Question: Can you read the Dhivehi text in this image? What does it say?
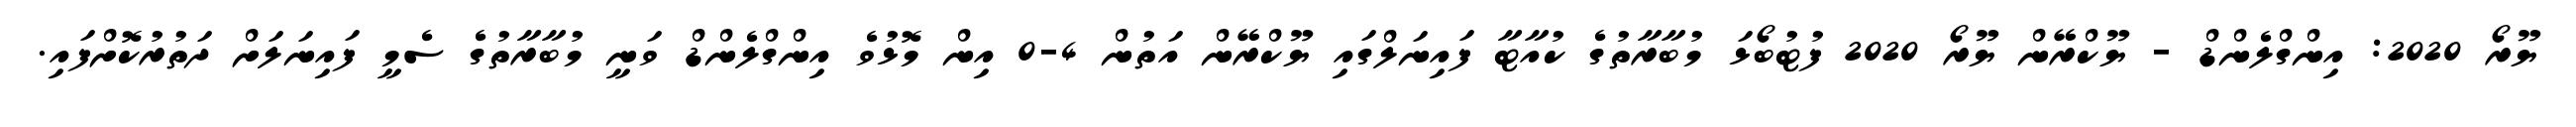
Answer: ޔޫރޯ 2020: އިންގްލެންޑް - ޔޫކްރޭން ޔޫރޯ 2020 ފުޓުބޯޅަ މުބާރާތުގެ ކުއާޓާ ފައިނަލްގައި ޔޫކްރޭން އަތުން 4-0 އިން މޮޅުވެ އިންގްލެންޑް ވަނީ މުބާރާތުގެ ސެމީ ފައިނަލަށް ދަތުރުކޮށްފައި.